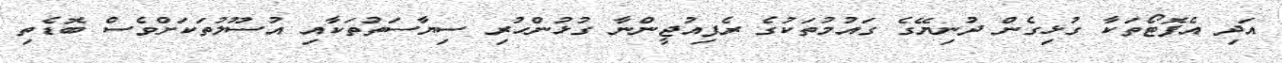
އަދި އެފޮޓޯތަކާ ގުޅިގެން ދުނިޔޭގެ ގައުމުތަކުގެ ރެފިއުޖީންނާ ގުޅުންހުރި ސިޔާސަތުތަކާއި އުސޫލުތަކަށްވެސް ބޮޑެތި